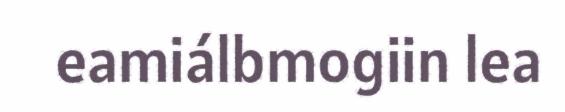
eamiálbmogiin lea